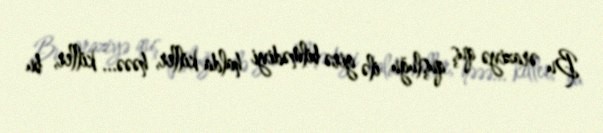
Bu əraziyə quş quşluğu ilə girə bilmədiyi halda killer, həəə... killer, bu